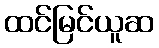
ထင်မြင်ယူဆ